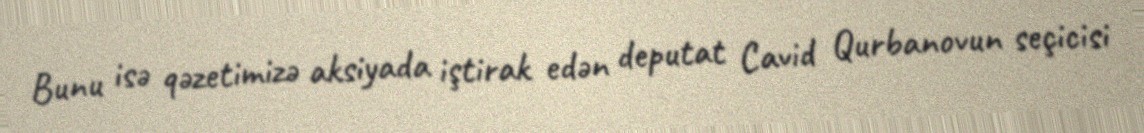
Bunu isə qəzetimizə aksiyada iştirak edən deputat Cavid Qurbanovun seçicisi